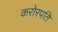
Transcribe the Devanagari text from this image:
करोरपति